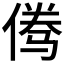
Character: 𱎾